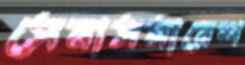
সেনাসমাবেশ